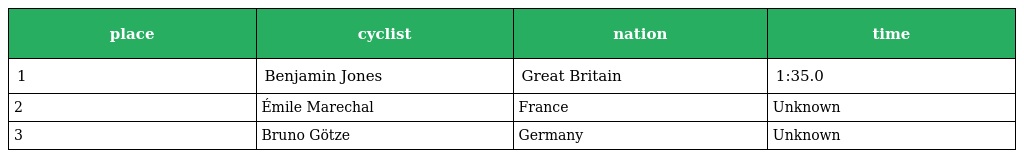
| place | cyclist | nation | time |
 | --- | --- | --- | --- |
 | 1 | Benjamin Jones | Great Britain | 1:35.0 |
 | 2 | Émile Marechal | France | Unknown |
 | 3 | Bruno Götze | Germany | Unknown |